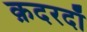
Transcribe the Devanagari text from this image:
क़दरदाॅ